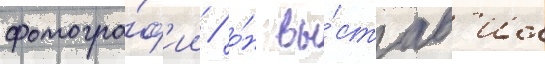
фотогра́ф'ии / о́н вы́став'ил